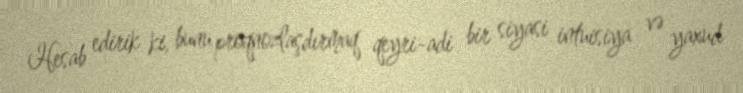
Hesab edirik ki, bunu proqnozlaşdırmaq qeyri-adi bir siyasi intuisiya və yaxud